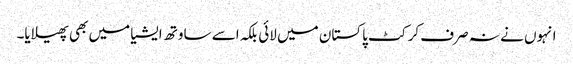
انہوں نے نہ صرف کرکٹ پاکستان میں لائی بلکہ اسے ساوتھ ایشیا میں بھی پھیلایا۔